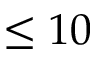
\le 1 0